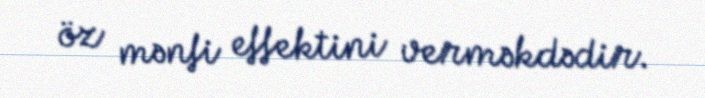
öz mənfi effektini verməkdədir.